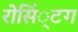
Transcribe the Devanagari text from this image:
रोसिं्टग